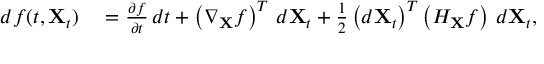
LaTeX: \begin{array} { r l } { d f ( t , \mathbf { X } _ { t } ) } & { { } = { \frac { \partial f } { \partial t } } \, d t + \left( \nabla _ { \mathbf { X } } f \right) ^ { T } \, d \mathbf { X } _ { t } + { \frac { 1 } { 2 } } \left( d \mathbf { X } _ { t } \right) ^ { T } \left( H _ { \mathbf { X } } f \right) \, d \mathbf { X } _ { t } , } \end{array}